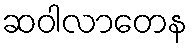
ဆဝါလာတေန